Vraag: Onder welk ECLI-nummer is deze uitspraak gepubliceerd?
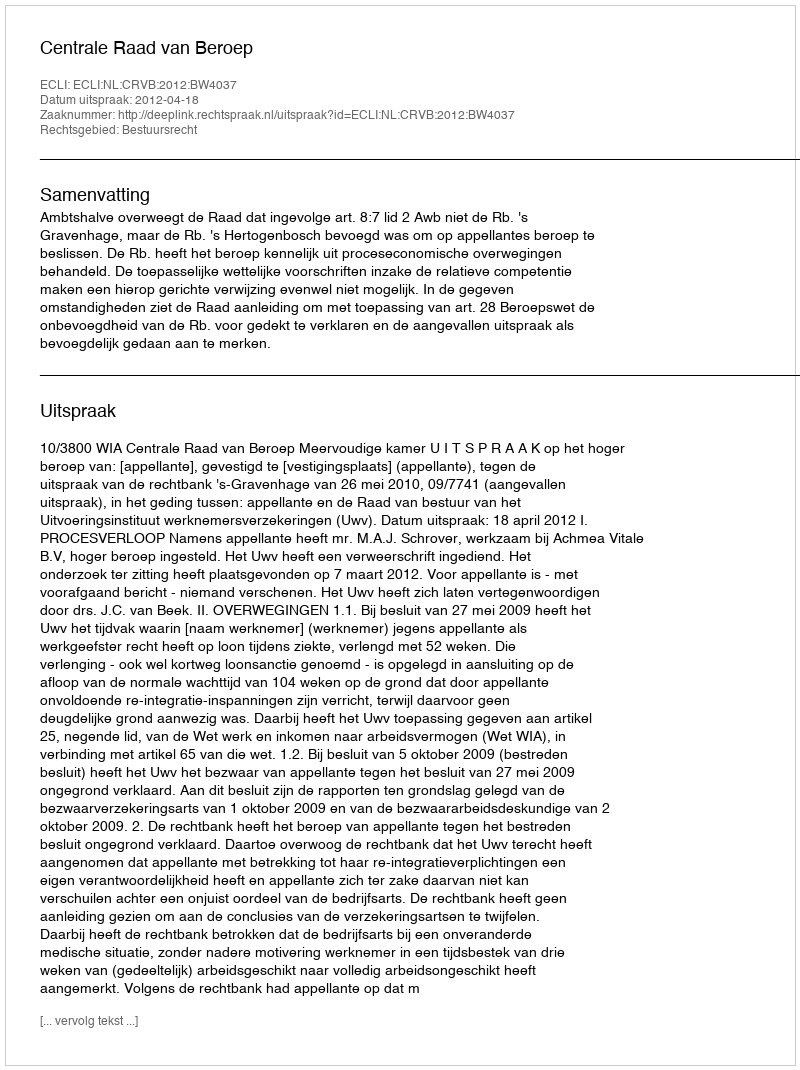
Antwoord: ECLI:NL:CRVB:2012:BW4037